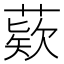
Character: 𦹔